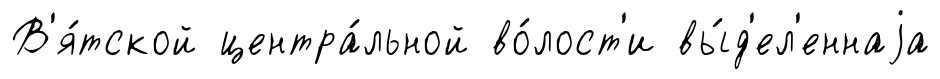
В'я́тской центра́льной во́лост'и вы́д'ел'еннаjа